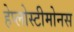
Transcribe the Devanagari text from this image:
हेप्लोस्टीमोनस